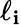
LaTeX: \ell_{\mathbf{i}}